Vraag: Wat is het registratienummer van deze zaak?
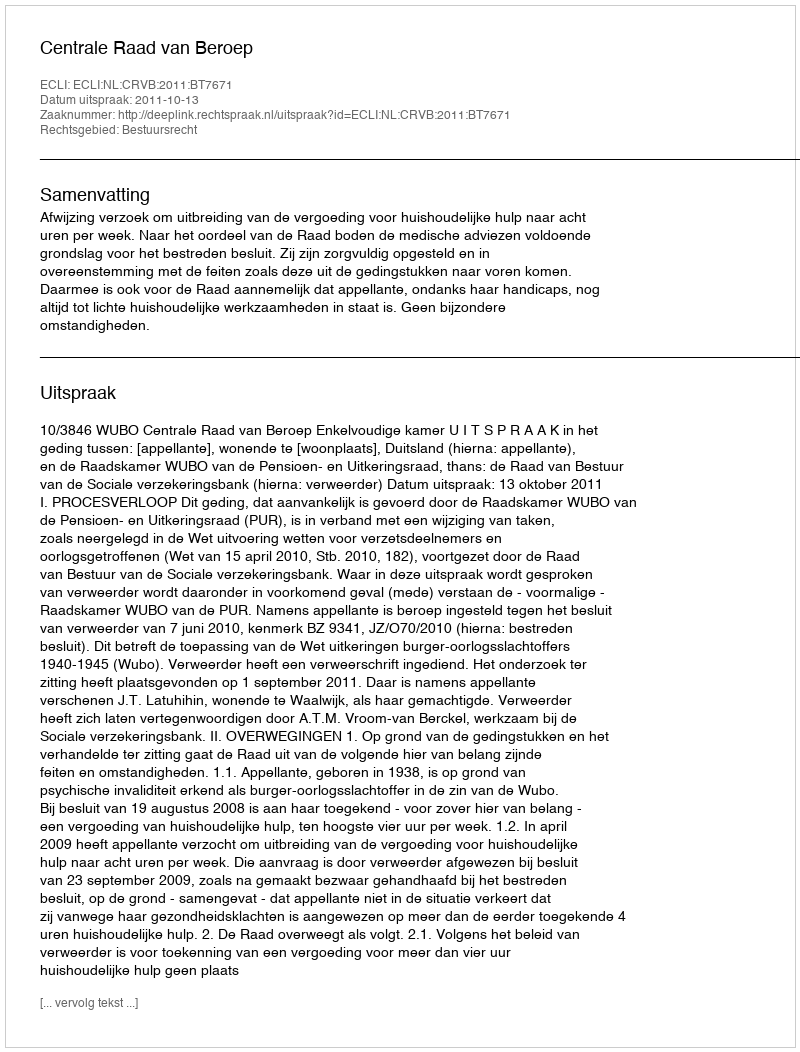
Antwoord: http://deeplink.rechtspraak.nl/uitspraak?id=ECLI:NL:CRVB:2011:BT7671